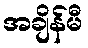
အချိန်မီ